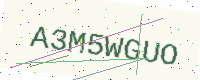
Text: A3M5WGUO